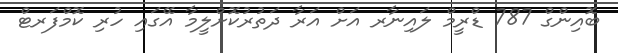
ބޮއިންގް 787 ޑްރީމް ލައިނާރ އަށް އަރާ ދަތުރުކޮށްލީމާ އޭގައި ހުރި ކޮމްފަރޓް